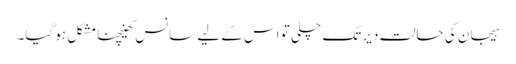
ہیجان کی حالت دیر تک چلی تو اس کے لیے سانس کھینچنا مشکل ہو گیا۔